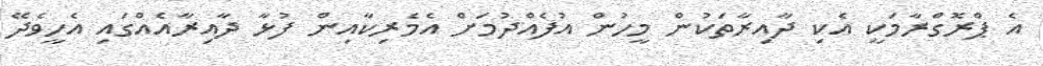
އެ ޕްރޮގްރާމަކީ އެކި ދާއިރާތަކުން މީހުން އުފެއްދުމަށް އެމެރިކާއިން ފުޅާ ދާއިރާއެއްގައި އެހީވެދޭ